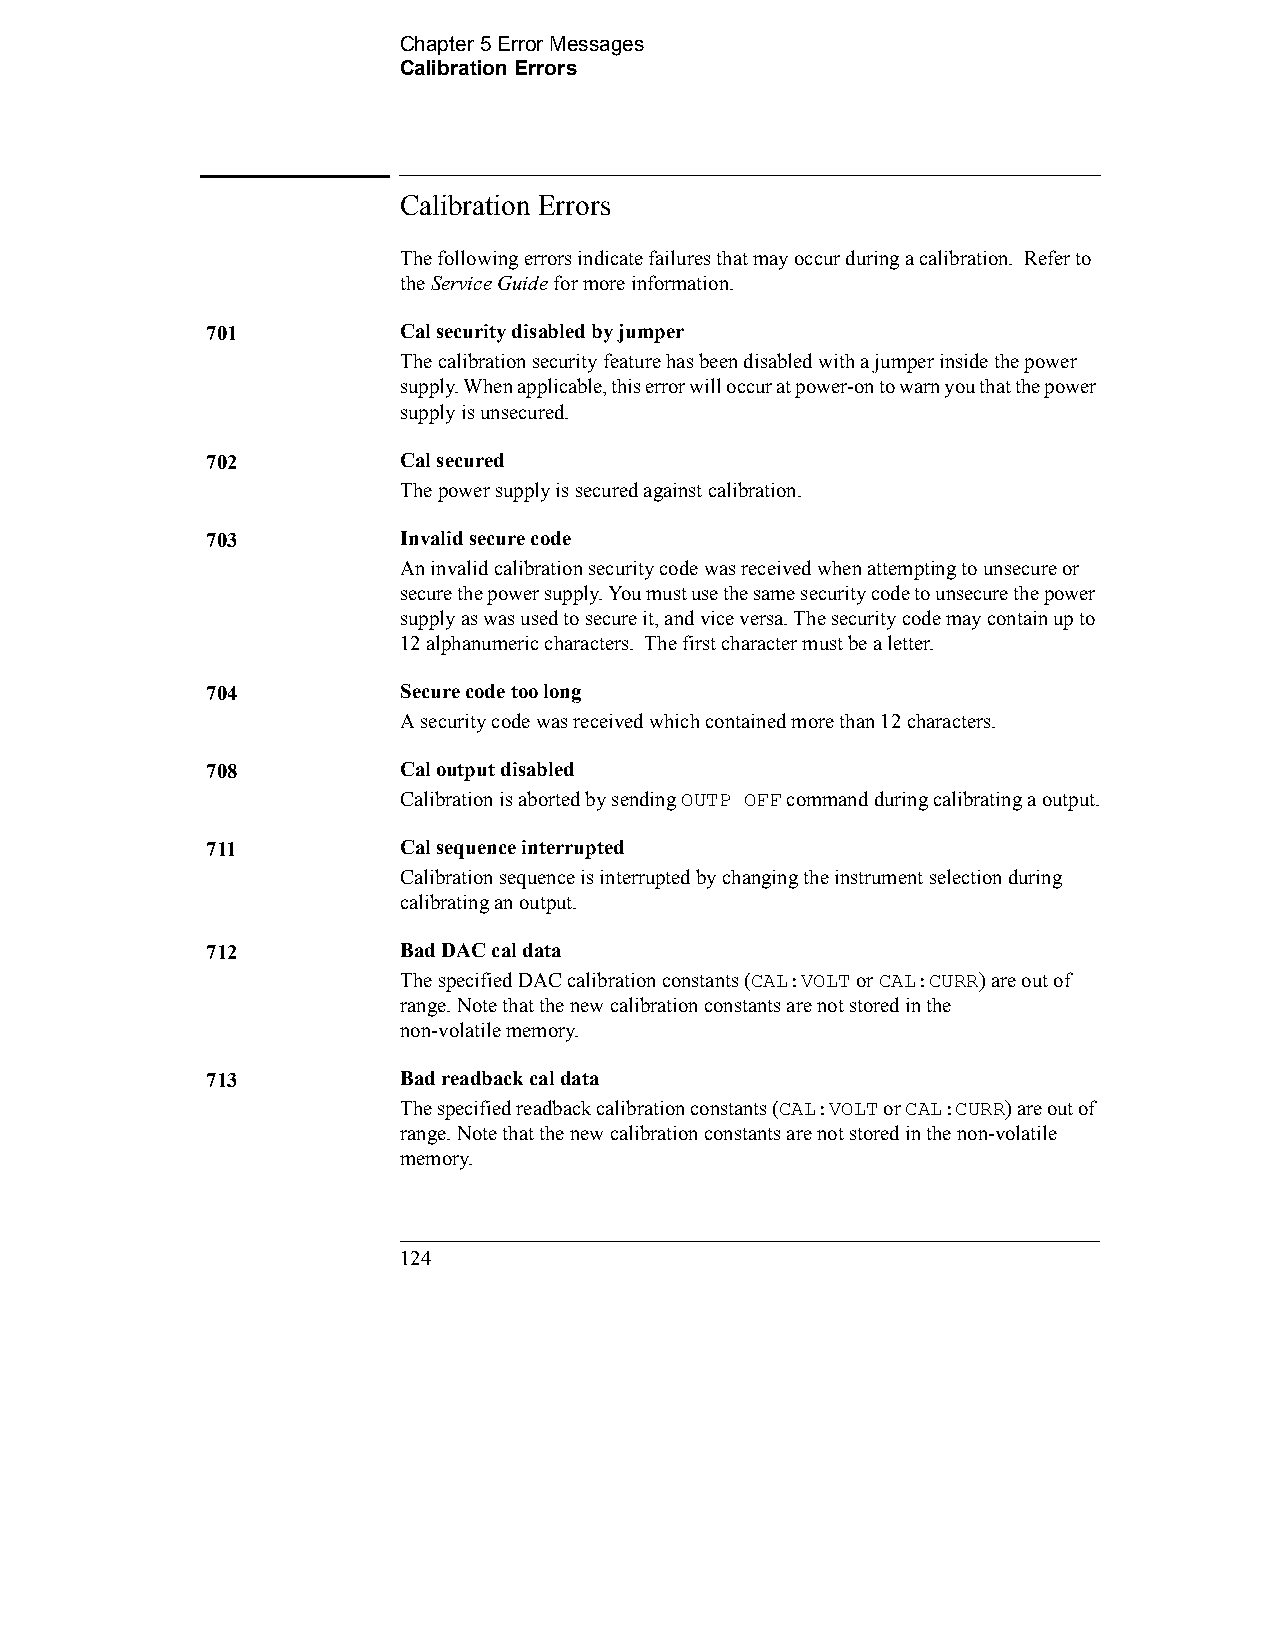
Chapter 5 Error Messages                
 Calibration Errors
 Calibration Errors
 The following errors indicate failures that may occur during a calibration. Refer to
 the Service Guide for more information.
 701         Cal security disabled by jumper
 The calibration security feature has been disabled with a jumper inside the power
 supply. When applicable, this error will occur at power-on to warn you that the power
 supply is unsecured.
 702         Cal secured
 The power supply is secured against calibration.
 703         Invalid secure code
 An invalid calibration security code was received when attempting to unsecure or
 secure the power supply. You must use the same security code to unsecure the power
 supply as was used to secure it, and vice versa. The security code may contain up to
 12 alphanumeric characters. The first character must be a letter.
 704         Secure code too long
 A security code was received which contained more than 12 characters.
 708         Cal output disabled
 Calibration is aborted by sending OUTP OFF command during calibrating a output.
 711         Cal sequence interrupted
 Calibration sequence is interrupted by changing the instrument selection during
 calibrating an output.
 712         Bad DAC cal data
 The specified DAC calibration constants (CAL:VOLT or CAL:CURR) are out of
 range. Note that the new calibration constants are not stored in the 
 non-volatile memory.
 713         Bad readback cal data
 The specified readback calibration constants (CAL:VOLT or CAL:CURR) are out of
 range. Note that the new calibration constants are not stored in the non-volatile
 memory.
 124                                            